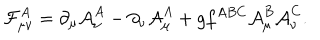
{ \cal F } _ { \mu \nu } ^ { A } = \partial _ { \mu } { \cal A } _ { \nu } ^ { A } - \partial _ { \nu } { \cal A } _ { \mu } ^ { A } + g f ^ { A B C } { \cal A } _ { \mu } ^ { B } { \cal A } _ { \nu } ^ { C } .